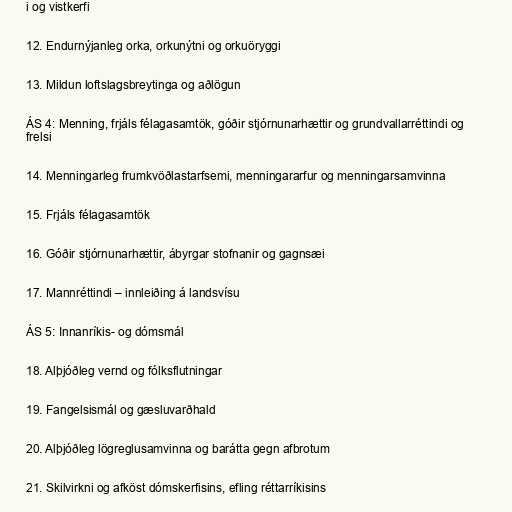
i og vistkerfi

12. Endurnýjanleg orka, orkunýtni og orkuöryggi

13. Mildun loftslagsbreytinga og aðlögun

ÁS 4: Menning, frjáls félagasamtök, góðir stjórnunarhættir og grundvallarréttindi og
frelsi

14. Menningarleg frumkvöðlastarfsemi, menningararfur og menningarsamvinna

15. Frjáls félagasamtök

16. Góðir stjórnunarhættir, ábyrgar stofnanir og gagnsæi

17. Mannréttindi – innleiðing á landsvísu

ÁS 5: Innanríkis- og dómsmál

18. Alþjóðleg vernd og fólksflutningar

19. Fangelsismál og gæsluvarðhald

20. Alþjóðleg lögreglusamvinna og barátta gegn afbrotum

21. Skilvirkni og afköst dómskerfisins, efling réttarríkisins